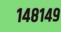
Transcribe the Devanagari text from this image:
१४८१४९